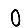
Digit: 0